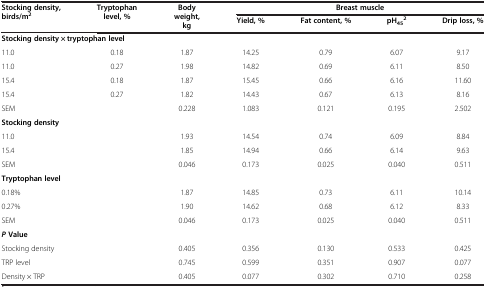
<table><thead><tr><td rowspan="2"><b>Stocking density, birds/m<sup>2</sup></b></td><td rowspan="2"><b>Tryptophan level, %</b></td><td rowspan="2"><b>Body weight, kg</b></td><td colspan="4"><b>Breast muscle</b></td></tr><tr><td><b>Yield, %</b></td><td><b>Fat content, %</b></td><td><b>pH<sub>45</sub><sup>2</sup></b></td><td><b>Drip loss, %</b></td></tr></thead><tbody><tr><td colspan="7"><b>Stocking density × </b><b>tryptophan level</b></td></tr><tr><td>11.0</td><td>0.18</td><td>1.87</td><td>14.25</td><td>0.79</td><td>6.07</td><td>9.17</td></tr><tr><td>11.0</td><td>0.27</td><td>1.98</td><td>14.82</td><td>0.69</td><td>6.11</td><td>8.50</td></tr><tr><td>15.4</td><td>0.18</td><td>1.87</td><td>15.45</td><td>0.66</td><td>6.16</td><td>11.60</td></tr><tr><td>15.4</td><td>0.27</td><td>1.82</td><td>14.43</td><td>0.67</td><td>6.13</td><td>8.16</td></tr><tr><td>SEM</td><td> </td><td>0.228</td><td>1.083</td><td>0.121</td><td>0.195</td><td>2.502</td></tr><tr><td colspan="7"><b>Stocking density</b></td></tr><tr><td colspan="2">11.0</td><td>1.93</td><td>14.54</td><td>0.74</td><td>6.09</td><td>8.84</td></tr><tr><td colspan="2">15.4</td><td>1.85</td><td>14.94</td><td>0.66</td><td>6.14</td><td>9.63</td></tr><tr><td colspan="2">SEM</td><td>0.046</td><td>0.173</td><td>0.025</td><td>0.040</td><td>0.511</td></tr><tr><td colspan="7"><b>Tryptophan level</b></td></tr><tr><td colspan="2">0.18%</td><td>1.87</td><td>14.85</td><td>0.73</td><td>6.11</td><td>10.14</td></tr><tr><td colspan="2">0.27%</td><td>1.90</td><td>14.62</td><td>0.68</td><td>6.12</td><td>8.33</td></tr><tr><td colspan="2">SEM</td><td>0.046</td><td>0.173</td><td>0.025</td><td>0.040</td><td>0.511</td></tr><tr><td colspan="7"><b><i>P </i></b><b>Value</b></td></tr><tr><td colspan="2">Stocking density</td><td>0.405</td><td>0.356</td><td>0.130</td><td>0.533</td><td>0.425</td></tr><tr><td colspan="2">TRP level</td><td>0.745</td><td>0.599</td><td>0.351</td><td>0.907</td><td>0.077</td></tr><tr><td colspan="2">Density × TRP</td><td>0.405</td><td>0.077</td><td>0.302</td><td>0.710</td><td>0.258</td></tr></tbody></table>